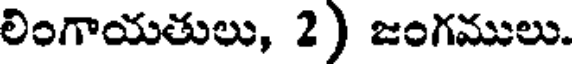
లింగాయతులు, 2) జంగములు.